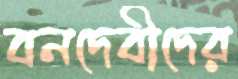
বনদেবীদের